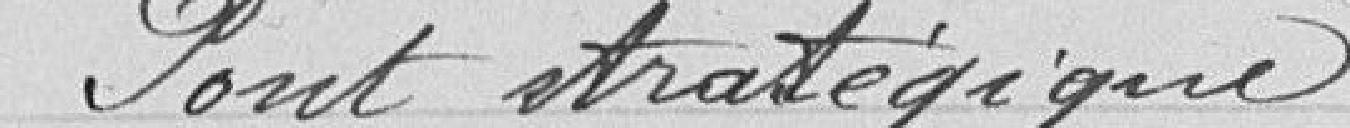
Pont stratégique